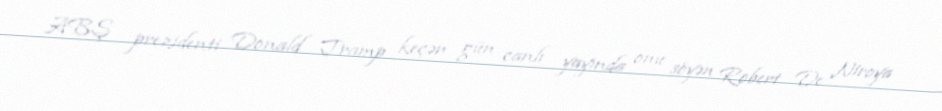
ABŞ prezidenti Donald Tramp keçən gün canlı yayında onu söyən Robert De Niroya